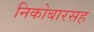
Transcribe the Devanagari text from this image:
निकोबारसह